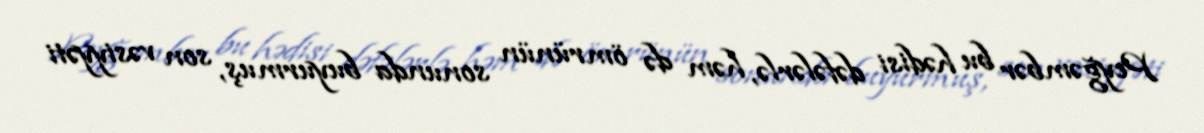
Peyğəmbər bu hədisi dəfələrlə, həm də ömrünün sonunda buyurmuş, son vəsiyyəti